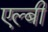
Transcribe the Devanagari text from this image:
एल्बी